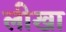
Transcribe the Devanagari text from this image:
लीखा